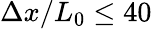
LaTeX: \Delta x/L_{0}\leq 40